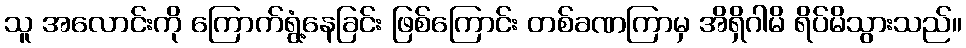
သူ အလောင်းကို ကြောက်ရွံ့နေခြင်း ဖြစ်ကြောင်း တစ်ခဏကြာမှ အိရှိဂါမိ ရိပ်မိသွားသည်။